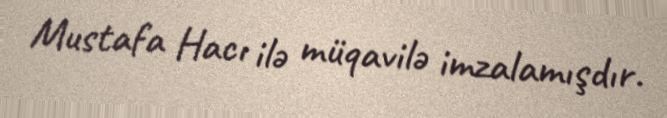
Mustafa Hacı ilə müqavilə imzalamışdır.